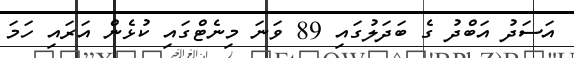
އަސަދު އަބްދު ގެ ބަދަލުގައި 89 ވަނަ މިނެޓްގައި ކުޅެން އަރައި ހަމަ